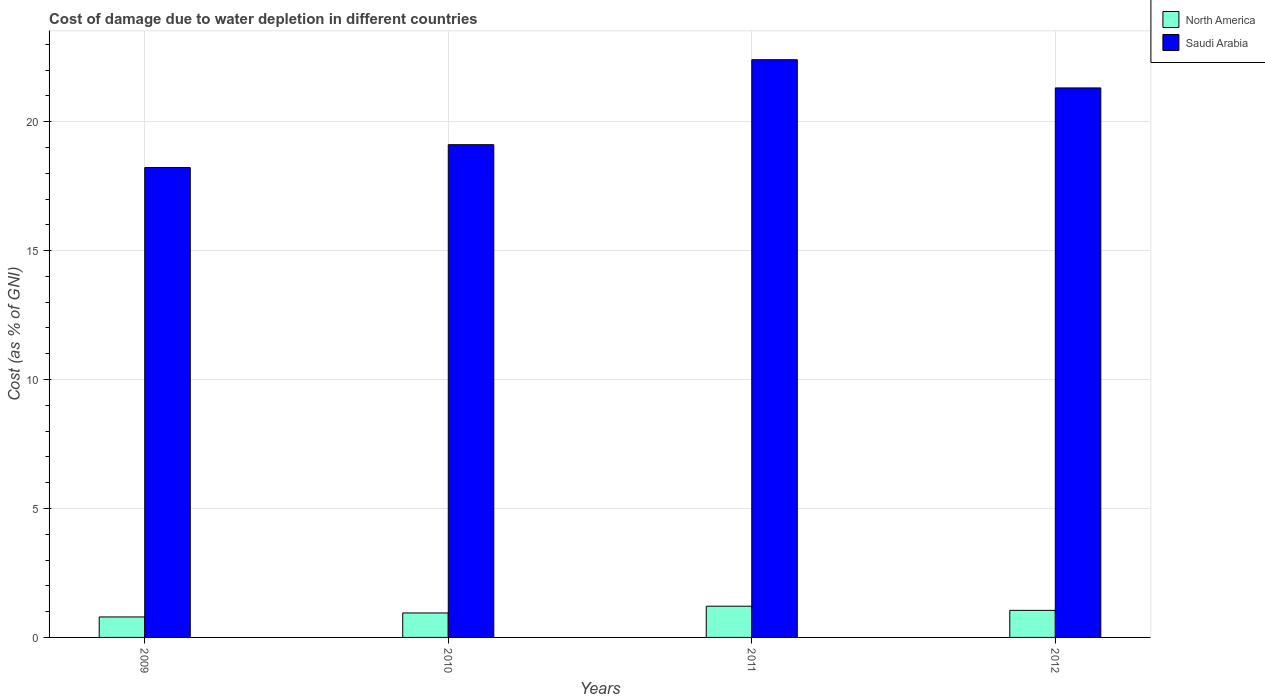
| Years | North America | Saudi Arabia |
 | --- | --- | --- |
 | 2009 | 0.794 | 18.2 |
 | 2010 | 0.949 | 19.1 |
 | 2011 | 1.21 | 22.4 |
 | 2012 | 1.05 | 21.3 |